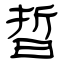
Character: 晢